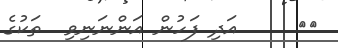
٧٨     އަދި ފަހުން އަންނަނިވި  ތަކުގެ